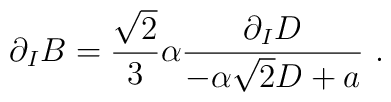
\partial_{I}B={{\sqrt{2}}\over{3}}\alpha{{\partial_{I}D}\over{-\alpha\sqrt{2}D+a}} \ .